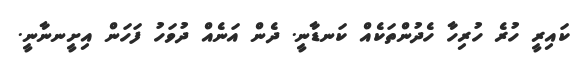
ކައިރީ ހުރެ ހުރިހާ ހެދުންތަކެއް ކަނޑާނީ. ދެން އަނެއް ދުވަހު ފަހަން އިށީނނާނީ.